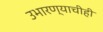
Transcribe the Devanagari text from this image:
उभारण्याचीही